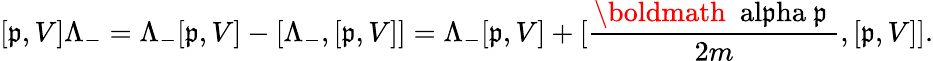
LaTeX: [\mathfrak{p},V]\Lambda_{-}=\Lambda_{-}[\mathfrak{p},V]-[\Lambda_{-},[\mathfrak{p},V]]=\Lambda_{-}[\mathfrak{p},V]+[\frac{{\mathrm{{\boldmath~\ al\mathfrak{p}ha~\mathfrak{p}~}}}}{{2m}},[\mathfrak{p},V]].